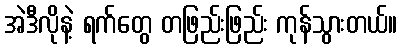
အဲဒီလိုနဲ့ ရက်တွေ တဖြည်းဖြည်း ကုန်သွားတယ်။